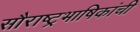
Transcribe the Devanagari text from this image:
सौराष्ट्रभाषिकांची